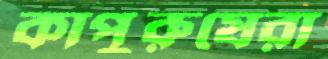
কাপুরুষেরা